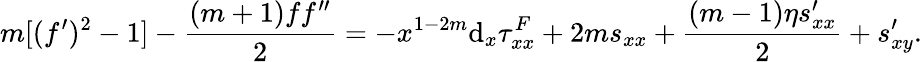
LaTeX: m[(f^{\prime})^{2}-1]-\frac{(m+1)ff^{\prime\prime}}{2}=-x^{1-2m}\textrm{d}_{x}\tau_{xx}^{F}+2ms_{xx}+\frac{(m-1)\eta s_{xx}^{\prime}}{2}+s_{xy}^{\prime}.